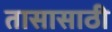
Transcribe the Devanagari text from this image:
तासासाठी